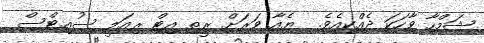
ޝަމްހާ ވާހަކަ ދެއްކިއެވެ.  ޔެއާ ވަރަށް ރީތި އިޓް ރިއަލީ ސުއިޓްސް